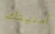
أمنيتك